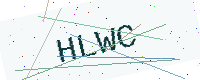
Text: HLWC